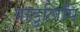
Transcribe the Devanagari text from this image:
पाडुलिपि